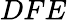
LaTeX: DFE